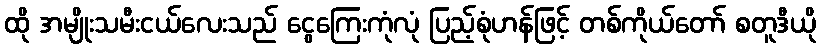
ထို အမျိုးသမီးငယ်လေးသည် ငွေကြေးကုံလုံ ပြည့်စုံဟန်ဖြင့် တစ်ကိုယ်တော် စတူဒီယို